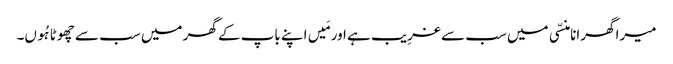
میرا گھرانا منسّی میں سب سے غرِیب ہے اور مَیں اپنے باپ کے گھر میں سب سے چھوٹا ہُوں۔